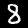
Digit: 8